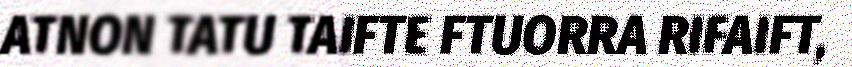
ATNON TATU TAIFTE FTUORRA RIFAIFT,